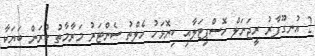
2 އުނގޫފާރު ރީޖަނަލް ހޮސްޕިޓަލާއި ކިނޮޅަހު ހެލްތު ސެންޓަރު މަރާމާތު ކުރަން ބަޔަކާ